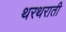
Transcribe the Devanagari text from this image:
थरथराती